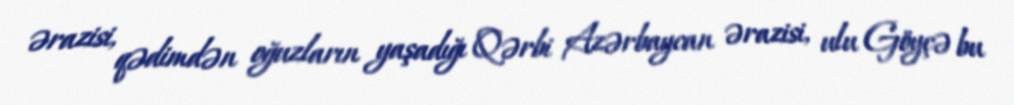
ərazisi, qədimdən oğuzların yaşadığı Qərbi Azərbaycan ərazisi, ulu Göyçə bu